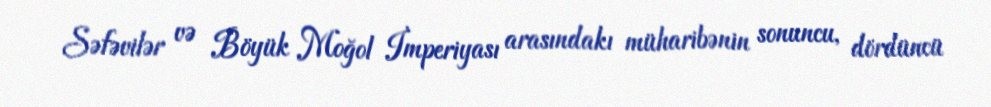
Səfəvilər və Böyük Moğol İmperiyası arasındakı müharibənin sonuncu, dördüncü